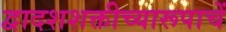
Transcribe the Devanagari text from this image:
द्वादशशक्तीच्यारूपाचें